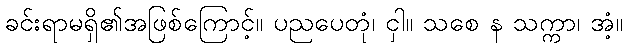
ခင်းရာမရှိ၏အဖြစ်ကြောင့်။ ပညပေတုံ၊ ငှါ။ သစေ န သက္ကာ၊ အံ့။